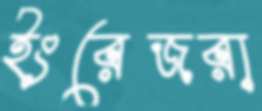
ইংরেজরা